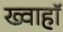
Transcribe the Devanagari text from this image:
ख्वाहाॅ